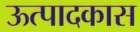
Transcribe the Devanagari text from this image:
ऊत्पादकास